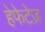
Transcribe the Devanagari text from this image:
हेफेटेज़